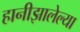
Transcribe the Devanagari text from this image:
हानीझालेल्या